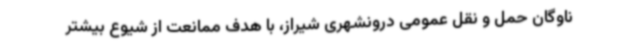
ناوگان حمل و نقل عمومی درونشهری شیراز، با هدف ممانعت از شیوع بیشتر